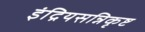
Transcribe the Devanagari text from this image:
इंद्रियसन्निकृष्ट